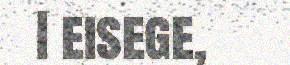
I eisege,